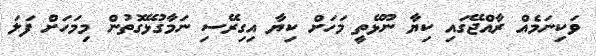
ވަކިނަމެއް ރާއްޖޭގައި ކިޔާ ނޫޅޭތީ މަހަށް ކިޔާ އިގިރޭސި ނަމާގުޅޭގޮތުން މިމަހަށް ފަލަ